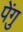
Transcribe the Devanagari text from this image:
पेंगु